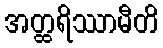
အတ္ထရိဿာမီတိ